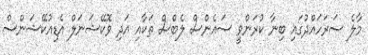
މާލެ ސަރަހައްދުގައި ބިނާ ކުރަންވީ ސައެންސް ލެބްސް ތަކާއި އަދި ވޮކޭޝަނަލް އެޑިއުކޭޝަންސް